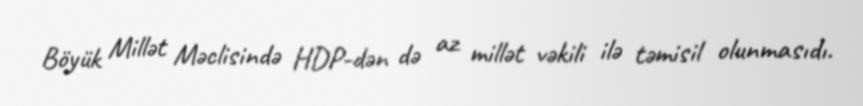
Böyük Millət Məclisində HDP-dən də az millət vəkili ilə təmisil olunmasıdı.